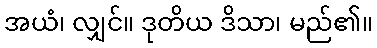
အယံ၊ လျှင်။ ဒုတိယ ဒိသာ၊ မည်၏။